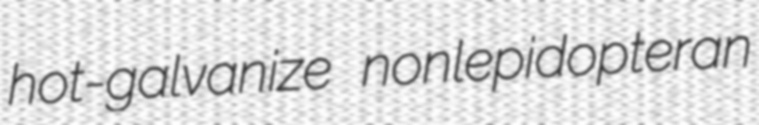
hot-galvanize nonlepidopteran